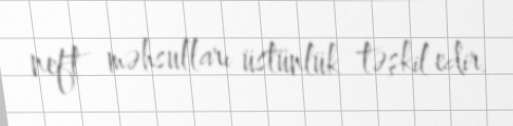
neft məhsulları üstünlük təşkil edir.